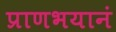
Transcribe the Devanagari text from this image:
प्राणभयानं